Leprosy in India: report of the Leprosy Commission in India, 1890-91
Year: 1890
Disease focus: Leprosy
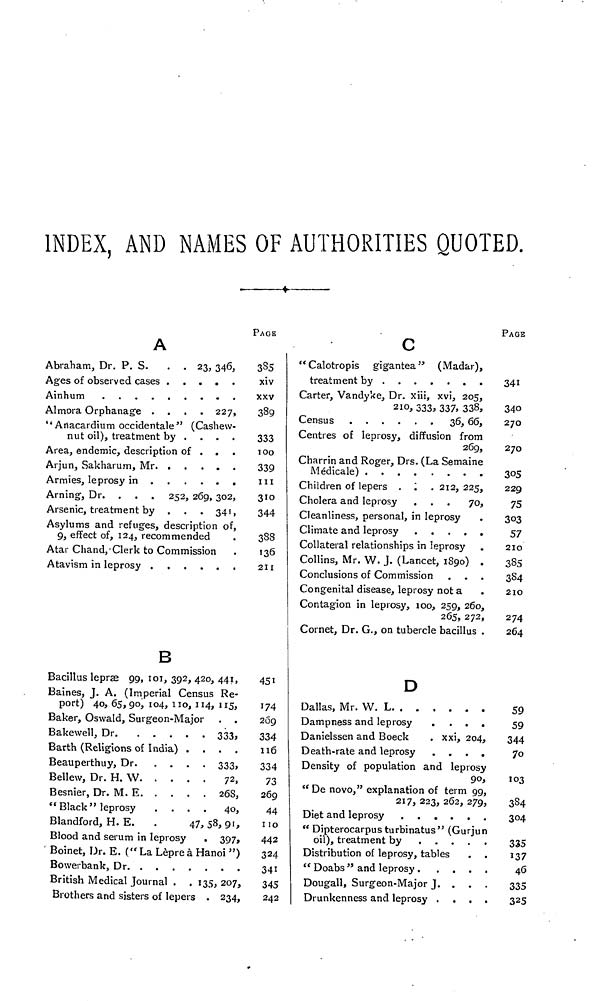
INDEX, AND NAMES OF AUTHORITIES QUOTED.
A
Abraham, Dr. P. S.
. . 23, 346,
Almora Orphanage .
. . 227,
"Anacardium occidentale" (Cashew-
nut oil), treatment by
....
Area, endemic, description of
...
Arjun, Sakharum, Mr
Arning, Dr. . . . 252, 269, 302,
Arsenic, treatment by . . . 341,
Asylums and refuges, description of,
9, effect of, 124, recommended
Atar Chand, Clerk to Commission
Atavism in leprosy
PAGE
335
xiv
XXV
389
333
100
339
III
310
344
388
136
211
B
Bacillus lepræ 99, 101, 392, 420, 441,
Baines, J. A. (Imperial Census Re-
port) 40, 65, 90, 104, 110, 114, 115,
Baker, Oswald, Surgeon-Major . .
Bakewell,
Dr.
333,
Barth (Religions of India)
....
Beauperthuy,
Dr.
333,
Bellew, Dr. H.
W.
72,
Besnier, Dr. M.
E.
268,
"Black" leprosy
....
40,
Blandford, H. E.
.
47, 58, 91,
Blood and serum in leprosy
. 397,
Boinet, Dr. E. (" La Lèpre à Hanoi ")
Bowerbank,
Dr.
British Medical Journal . . 135, 207,
Brothers and sisters of lepers . 234,
451
174
269
334
116
334
73
269
44
110
442
324
341
345
242
C
"Calotropis gigantea" (Madar),
Carter, Vandyke, Dr. xiii, xvi, 205,
210, 333, 337, 338,
Census
36, 66,
Centres of leprosy, diffusion from
269,
Charrin and Roger, Drs. (La Semaine
Médicale)
Children of lepers . . . 212, 225,
Cholera and leprosy . . . 70,
Cleanliness, personal, in leprosy
Climate and leprosy
Collateral relationships in leprosy
Collins, Mr. W. J. (Lancet, 1890) .
Conclusions of Commission
Congenital disease, leprosy not a
.
Contagion in leprosy, 100, 259, 260,
265, 272,
Cornet, Dr. G., on tubercle bacillus .
PAGE
341
340
270
270
305
229
75
303
57
210
385
3S4
210
274
264
D
Dallas, Mr. W. L
Dampness and leprosy
....
Danielssen and Boeck
. xxi, 204,
Death-rate and leprosy
....
Density of population and leprosy
90,
"De novo," explanation of term 99,
217, 223, 262, 279,
Diet and leprosy
"Dipterocarpus turbinatus" (Gurjun
Distribution of leprosy, tables
. .
Dougall, Surgeon-Major J. .
Drunkenness and leprosy
....
59
59
344
7o
103
384
304
335
137
46
335
325